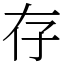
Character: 存